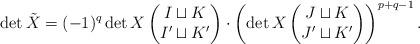
LaTeX: \begin{align*}\det \tilde{X} =(-1)^q\det X \begin{pmatrix} I \sqcup K \\ I' \sqcup K' \end{pmatrix}\cdot\left( \det X \begin{pmatrix} J \sqcup K \\ J' \sqcup K' \end{pmatrix} \right)^{p+q-1}.\end{align*}